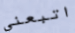
اتبعني